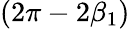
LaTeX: (2\pi-2\beta_{1})